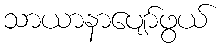
သာယာနာပျော်ဖွယ်